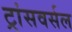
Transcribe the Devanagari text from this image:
ट्रांसवर्सल